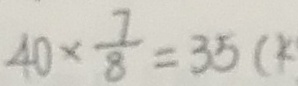
4 0 \times \frac { 7 } { 8 } = 3 5 ( k )